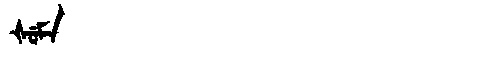
Manchu: ᡧᡠᠮᠠ
Romanization: ŠUMA